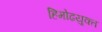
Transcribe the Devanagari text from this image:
हिमोढयुक्त